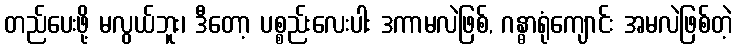
တည်ပေးဖို့ မလွယ်ဘူး၊ ဒီတော့ ပစ္စည်းလေးပါး ဒကာမလဲဖြစ်, ဂန္ဓာရုံကျောင်း အမလဲဖြစ်တဲ့